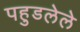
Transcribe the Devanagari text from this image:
पहुडलेले